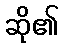
ဆို၏